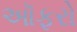
ઑફરો